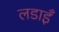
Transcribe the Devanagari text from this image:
लडाइँ